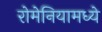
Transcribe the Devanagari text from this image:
रोमेनियामध्ये